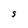
Character: S